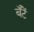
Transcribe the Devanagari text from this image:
बँटें